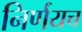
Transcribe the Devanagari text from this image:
निर्णयच